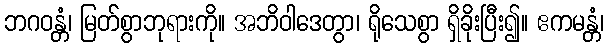
ဘဂဝန္တံ၊ မြတ်စွာဘုရားကို။ အဘိဝါဒေတွာ၊ ရိုသေစွာ ရှိခိုးပြီး၍။ ဧကမန္တံ၊